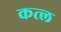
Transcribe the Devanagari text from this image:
कत्‍ल